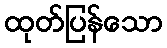
ထုတ်ပြန်သော